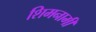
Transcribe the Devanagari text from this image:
शिमनामी